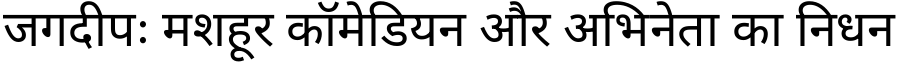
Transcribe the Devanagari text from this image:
जगदीपः मशहूर कॉमेडियन और अभिनेता का निधन